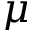
\mu